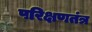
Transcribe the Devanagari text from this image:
परिक्षणतंत्र